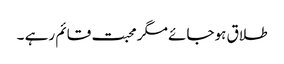
طلاق ہوجائے مگر محبت قائم رہے ۔